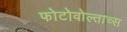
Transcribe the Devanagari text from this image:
फोटोवोल्ताच्स